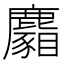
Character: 𪋢